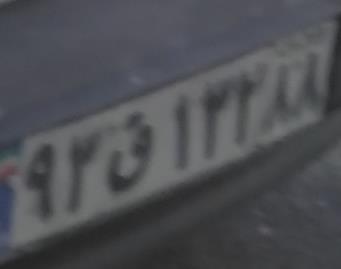
۹۲ق۱۳۲۸۸